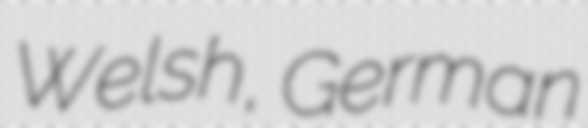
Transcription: Welsh, German